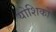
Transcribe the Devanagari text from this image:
योशिको